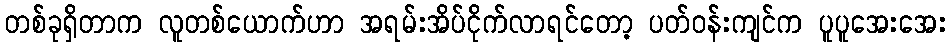
တစ်ခုရှိတာက လူတစ်ယောက်ဟာ အရမ်းအိပ်ငိုက်လာရင်တော့ ပတ်ဝန်းကျင်က ပူပူအေးအေး